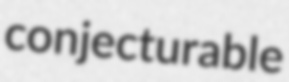
conjecturable